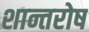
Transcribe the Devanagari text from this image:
शान्तरोष